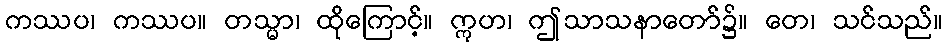
ကဿပ၊ ကဿပ။ တသ္မာ၊ ထိုကြောင့်။ ဣဟ၊ ဤသာသနာတော်၌။ တေ၊ သင်သည်။